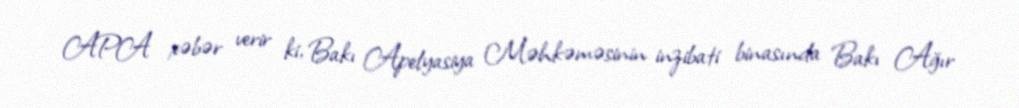
APA xəbər verir ki, Bakı Apelyasiya Məhkəməsinin inzibati binasında Bakı Ağır